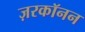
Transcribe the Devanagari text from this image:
ज़रकॉनन